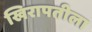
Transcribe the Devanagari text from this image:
खिरापतीला